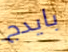
بايدج